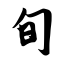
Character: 旬